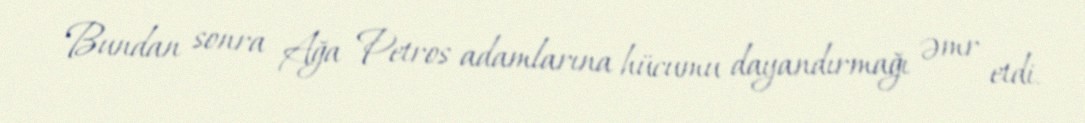
Bundan sonra Ağa Petros adamlarına hücumu dayandırmağı əmr etdi.